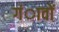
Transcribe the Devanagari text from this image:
गंावों